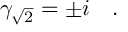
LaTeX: \gamma _ { \sqrt { 2 } } = \pm i \quad .